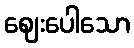
ဈေးပေါသော